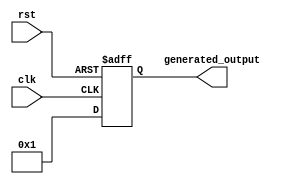
module GenerateFunction #(
    parameter INPUT_PARAM1 = 0, // Input parameter 1
    parameter INPUT_PARAM2 = 0  // Input parameter 2
)(
    input wire clk, // Clock input
    input wire rst, // Reset input
    output reg [7:0] generated_output // Generated output
);

// Behavioral modeling block for Generate Function
always @(posedge clk or posedge rst) begin
    if (rst) begin
        generated_output <= 8'b0; // Reset the output
    end else begin
        // Logic to generate code based on input parameters
        case({INPUT_PARAM1, INPUT_PARAM2})
            2'b00: generated_output <= 8'b00000001; // Example output for specific input parameters
            2'b01: generated_output <= 8'b00000010; // Example output for specific input parameters
            2'b10: generated_output <= 8'b00000100; // Example output for specific input parameters
            2'b11: generated_output <= 8'b00001000; // Example output for specific input parameters
            default: generated_output <= 8'b11111111; // Default output for unspecified input parameters
        endcase
    end
end

endmodule